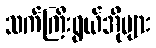
သက်ကြီးရွယ်အိုများ